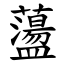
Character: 蘯